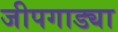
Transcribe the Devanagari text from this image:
जीपगाड्या